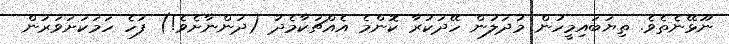
ނޫޅޭނެތެވެ. ތިޔަބައިމީހުން މުދަލުން ހޭދަކުރާ ކޮންމެ އެއްޗަކާމެދު (ދަންނާށެވެ!) ފަހެ ހަމަކަށަވަރުން